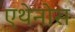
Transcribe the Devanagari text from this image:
एथेनोस